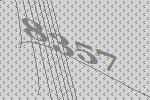
8357